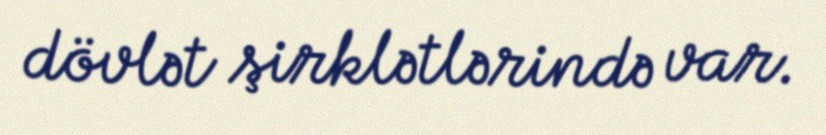
dövlət şirklətlərində var.